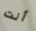
أنت